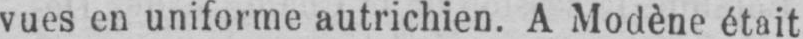
vues en uniforme autrichien. A Modène était